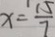
x = \frac { 1 5 } { 7 }